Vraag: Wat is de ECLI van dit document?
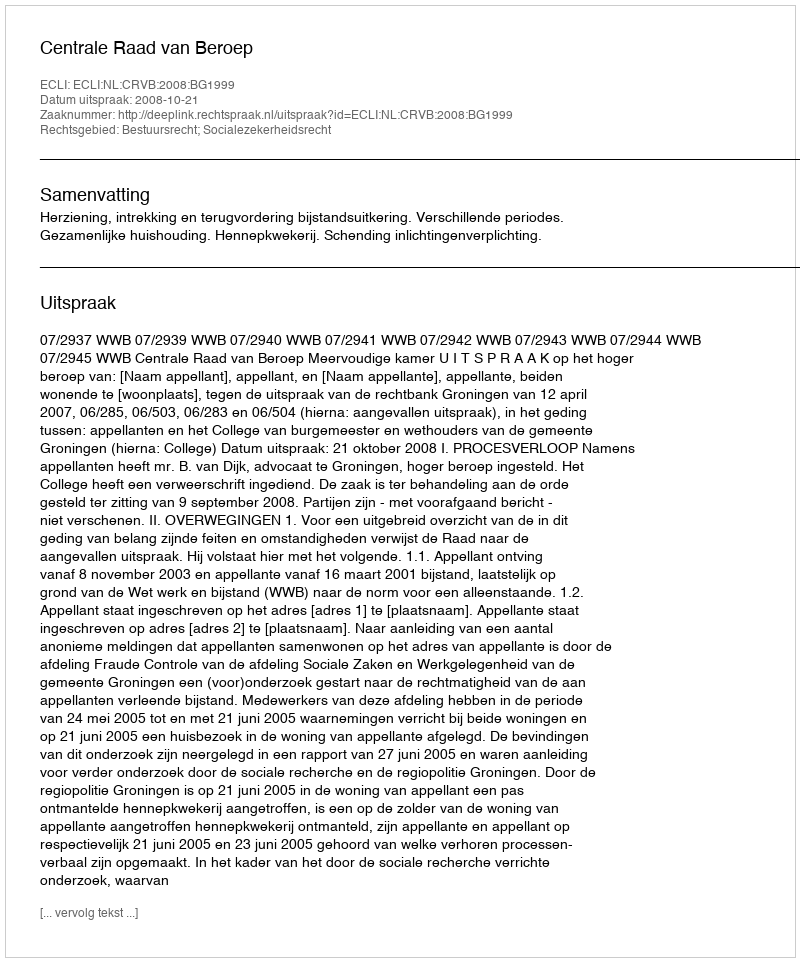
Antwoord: ECLI:NL:CRVB:2008:BG1999